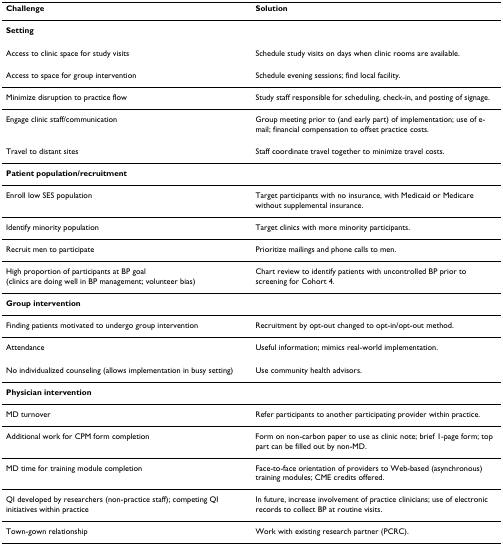
| Challenge | Solution |
 | --- | --- |
 | Setting |  |
 | Access to clinic space for study visits | Schedule study visits on days when clinic rooms are available. |
 | Access to space for group intervention | Schedule evening sessions; find local facility. |
 | Minimize disruption to practice flow | Study staff responsible for scheduling, check-in, and posting of signage. |
 | Engage clinic staff/communication | Group meeting prior to (and early part) of implementation; use of e-mail; financial compensation to offset practice costs. |
 | Travel to distant sites | Staff coordinate travel together to minimize travel costs. |
 | Patient population/recruitment |  |
 | Enroll low SES population | Target participants with no insurance, with Medicaid or Medicare without supplemental insurance. |
 | Identify minority population | Target clinics with more minority participants. |
 | Recruit men to participate | Prioritize mailings and phone calls to men. |
 | High proportion of participants at BP goal (clinics are doing well in BP management; volunteer bias) | Chart review to identify patients with uncontrolled BP prior to screening for Cohort 4. |
 | Group intervention |  |
 | Finding patients motivated to undergo group intervention | Recruitment by opt-out changed to opt-in/opt-out method. |
 | Attendance | Useful information; mimics real-world implementation. |
 | No individualized counseling (allows implementation in busy setting) | Use community health advisors. |
 | Physician intervention |  |
 | MD turnover | Refer participants to another participating provider within practice. |
 | Additional work for CPM form completion | Form on non-carbon paper to use as clinic note; brief 1-page form; top part can be filled out by non-MD. |
 | MD time for training module completion | Face-to-face orientation of providers to Web-based (asynchronous) training modules; CME credits offered. |
 | QI developed by researchers (non-practice staff); competing QI initiatives within practice | In future, increase involvement of practice clinicians; use of electronic records to collect BP at routine visits. |
 | Town-gown relationship | Work with existing research partner (PCRC). |